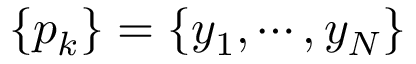
\{ p _ { k } \} = \{ y _ { 1 } , \cdots , y _ { N } \}